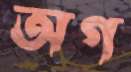
অগ